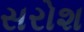
સરોશ